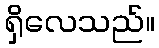
ရှိလေသည်။